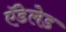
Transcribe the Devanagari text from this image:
ऍडेलेड